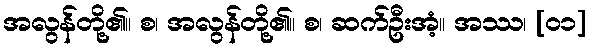
အလွန်တို့၏။ စ၊ အလွန်တို့၏။ စ၊ ဆက်ဦးအံ့။ အဿ၊ [၀၁]